Civil Veterinary Department. Madras. Admin. report 1926-33 - 1926-1933
Year: 1926
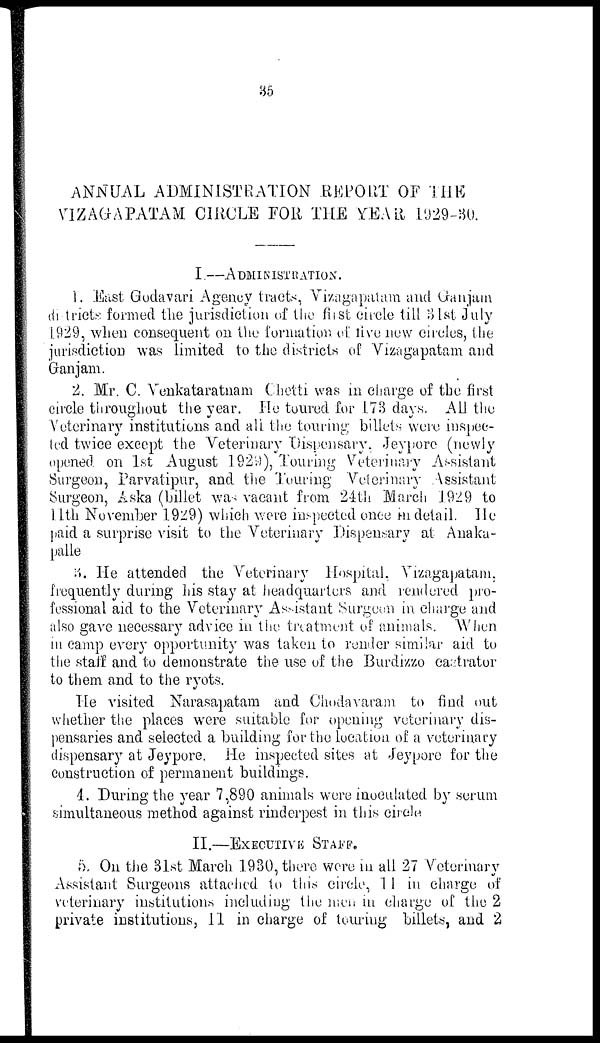
35
ANNUAL ADMINISTRATION REPORT OF THE
VIZAGAPATAM CIRCLE FOR THE YEAR 1929-80.
I.––ADMINISTRATION.
1. East Godavari Agency tracts, Vizagapatam and Ganjam
districts formed the jurisdiction of the first circle till 31st July
1929, when consequent on the formation of five new circles, the
jurisdiction was limited to the districts of Vizagapatam and
Ganjam.
2. Mr. C. Venkataratnam Chetti was in charge of the first
circle throughout the year. He toured for 173 days. All the
Veterinary institutions and all the touring billets were inspec-
ted twice except the Veterinary Dispensary, Jeypore (newly
opened on 1st August 1929), Touring Veterinary Assistant
Surgeon, Parvatipur, and the Touring Veterinary Assistant
Surgeon, Aska (billet was vacant from 24th March 1929 to
11th November 1929) which were inspected once in detail. He
paid a surprise visit to the Veterinary Dispensary at Anaka-
palle
3. He attended the Veterinary Hospital, Vizagapatam,
frequently during his stay at headquarters and rendered pro-
fessional aid to the Veterinary Assistant Surgeon in charge and
also gave necessary advice in the treatment of animals. When
in camp every opportunity was taken to render similar aid to
the staff and to demonstrate the use of the Burdizzo castrator
to them and to the ryots.
He visited Narasapatam and Chodavaram to find out
whether the places were suitable for opening veterinary dis-
pensaries and selected a building for the location of a veterinary
dispensary at Jeypore. He inspected sites at Jeypore for the
construction of permanent buildings.
4. During the year 7,890 animals were inoculated by serum
simultaneous method against rinderpest in this circle
II.—EXECUTIVE STAFF.
5. On the 31st March 1930, there were in all 27 Veterinary
Assistant Surgeons attached to this circle, 11 in charge of
veterinary institutions including the men in charge of the 2
private institutions, 11 in charge of touring billets, and 2